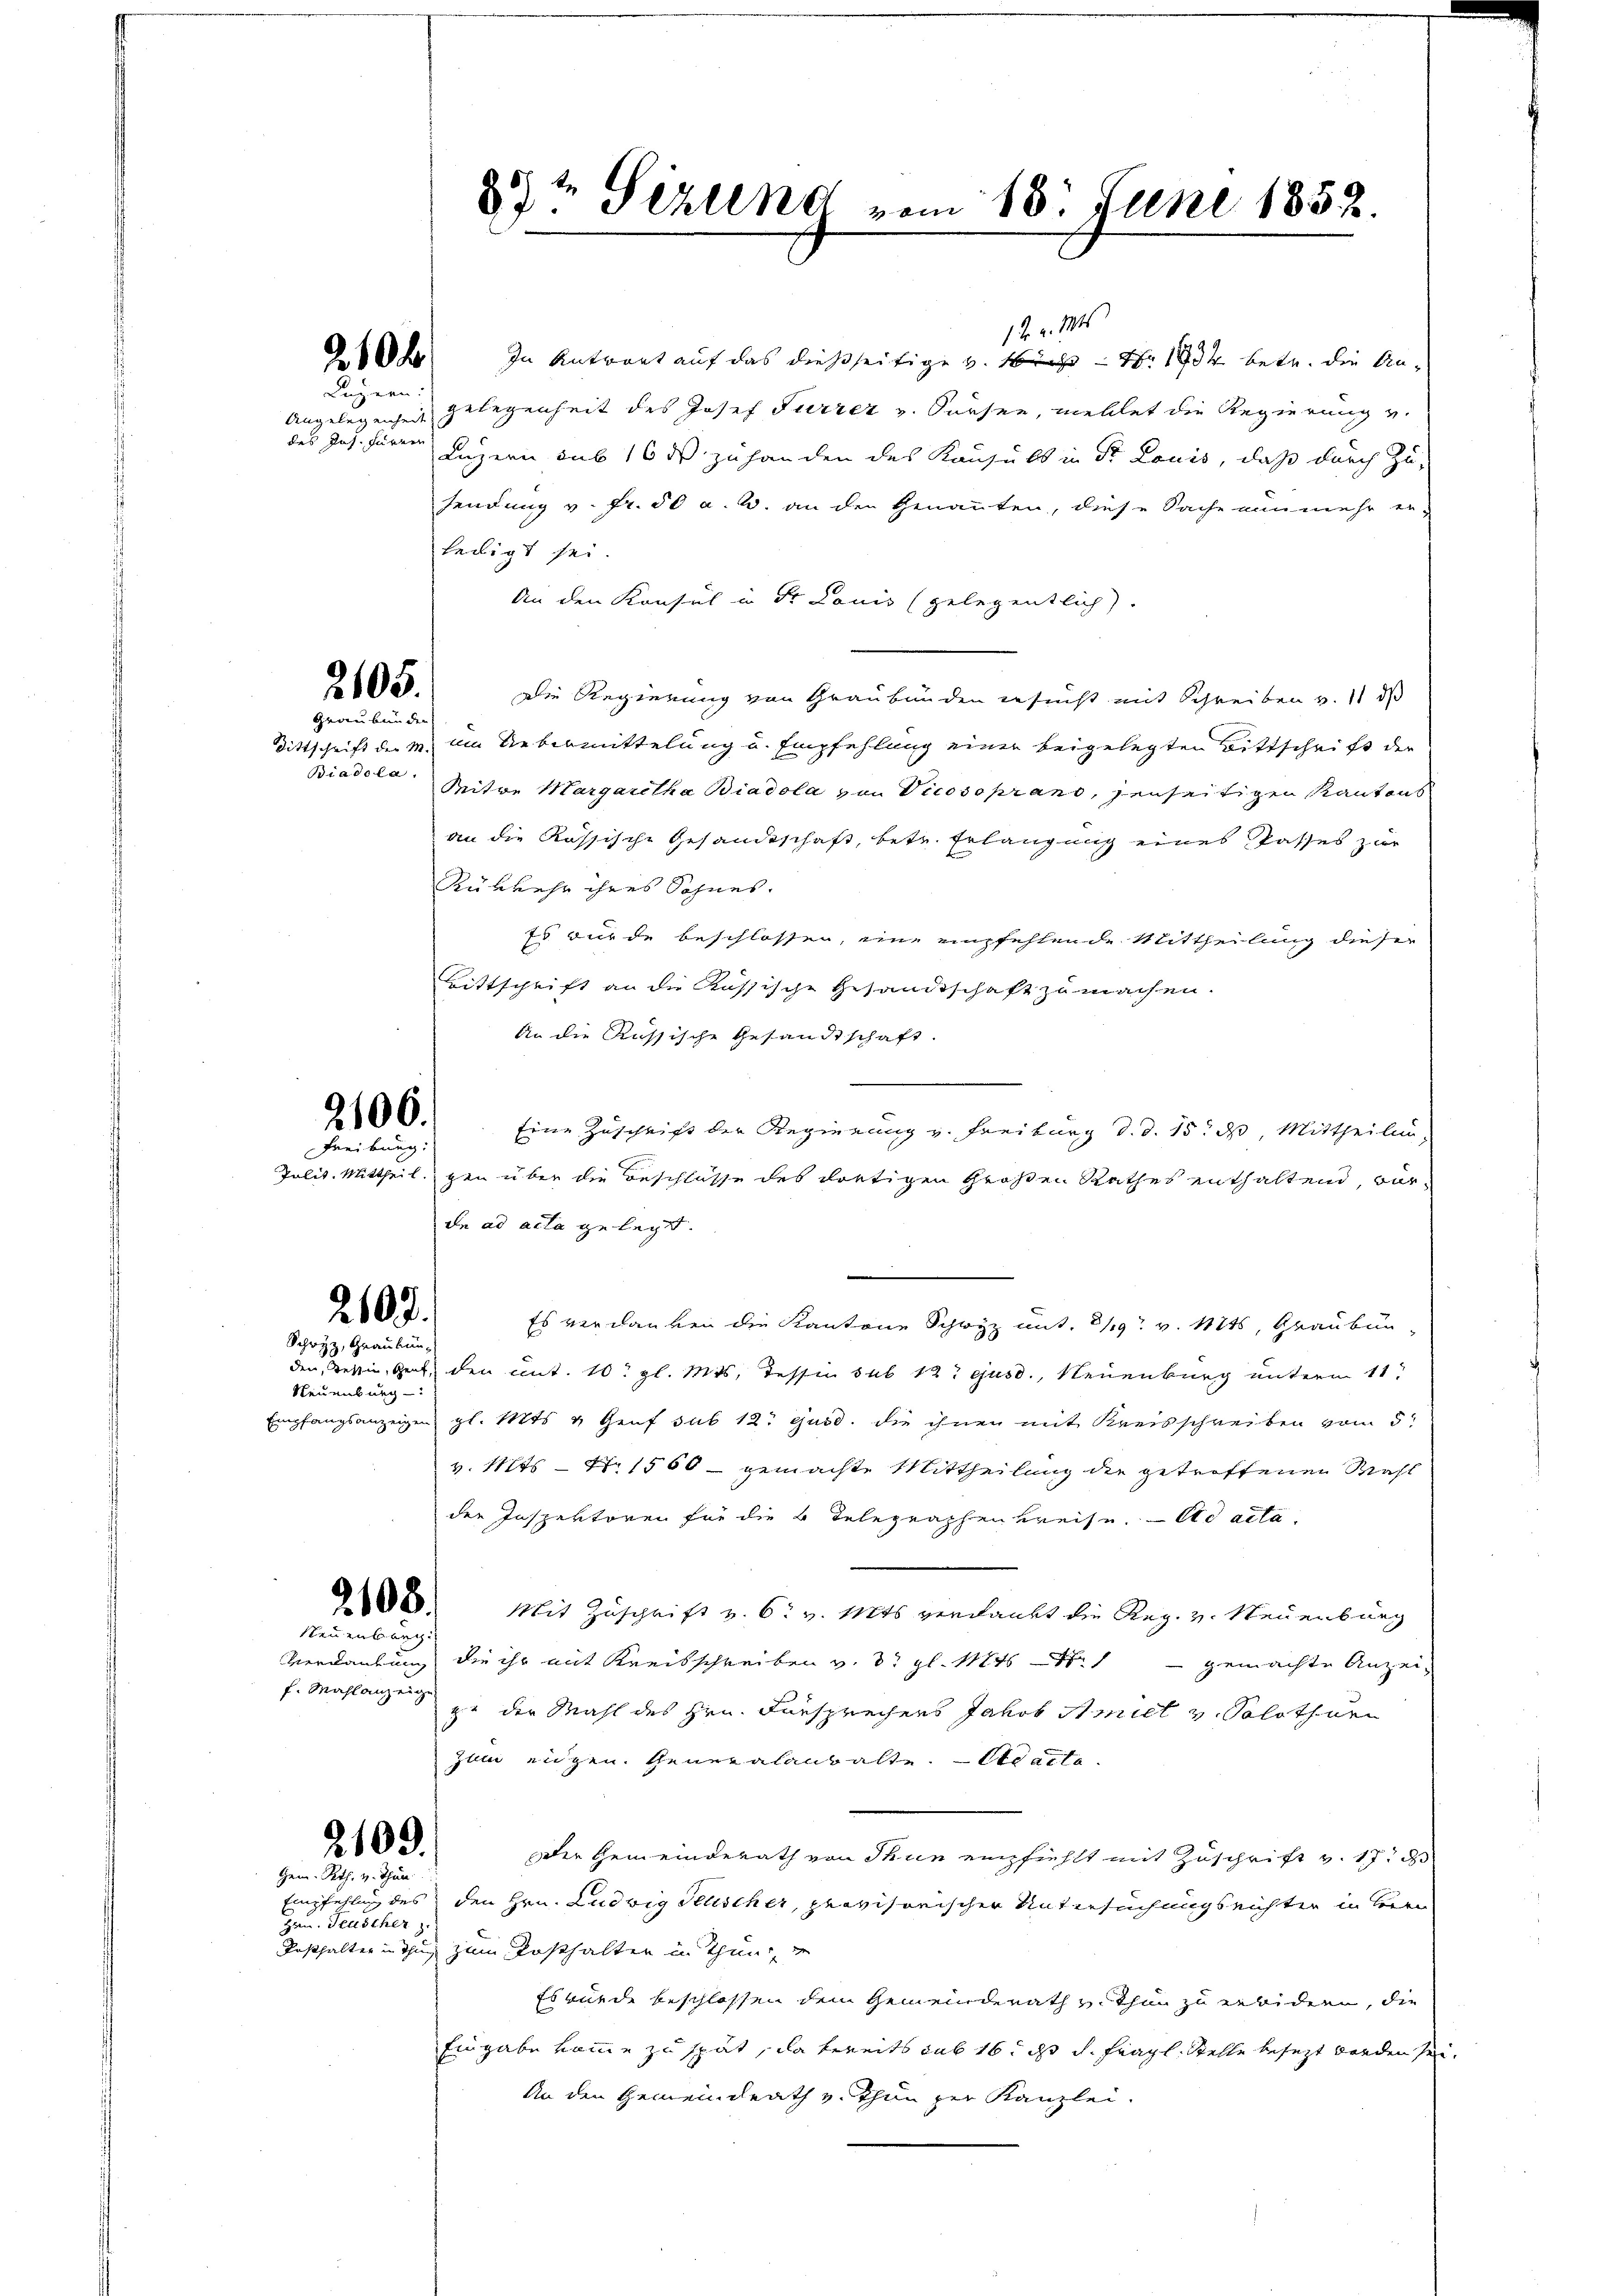
Luzern:
Angelegenheit
des Jos. Füren

2105.
Graubünden

Biadola.

2106.
Freibung.

2607.

Schwyz, Graubün¬
Neuenburg

Neuenburg
f. Mahlanzeig

2100.
Gem. Rth. v. Thun

Hrn. Teuscher

85 t Serend vom 18. Juni 1852.

12 v. Mts
Oh In Antwort auf das dießseitige v. 16 Nr. 1934 betr. die Angelegenheit des Josef Furrer v. Sursee, mellet die Regierung u.
Luzern sub 16 ds zu handen des Kausuls in Dr. Louis, daß durch Zu-
sendung v. fr. 50 u. 2. an den Genannten, diese Sache nunmehr er-
ledigt sei.
An den Konsul in Dr. Lauis (gelegentlich.
Die Regierung von Graubünden ersucht mit Schreiben v. 11 d
Bittschrift der M. um Uebermittelung u. Empfehlung einer beigelegten Bittschrift der
Mitwe Margaretha Biadola von Vicosoprand, jenseitigen Kantons
an die Rössische Gesandtschaft, betr. Erlangung eines Passes zur
Rükkehr ihres Sohnes.
75 wurde beschlossen, eine empfehlende Mittheilung dieser
Bittschrift an die Aussische Gesandtschaft zu machen.
An die Aussische Gesandtschaft.
Eine Zuschrift der Regierung v. Freiburg d. d. 15. d. Mittheilung
Polit. Mittheil gen über die Beschlüsse des dortigen Großen Rathes enthaltend vor
dn ad acta gelegt.
Es verdanken die Kantone Schwyz mit. 219. v. 121, Graubun-
den Bettin, Gent, den mit. 10. gl. Mts. Tessin sub 12 t ejusd., Neuenburg unterm 11t
Empfangsanzeigen gl. Mts. & Genf sub 12. ejusd. die ihnen mit Kreisschreiben vom 5.
v. Mts. — Nr 1560 - gemachte Mittheilung die getroffenen Wahl
der Inspektoren für die 4 Telegraphen Kreise. Ad acta.
906. Mit Zuschrift v. 6. v. Mts verdankt die Reg. v. Neuenburg
Verdankung die ihr mit Kreisschreiben v. 3. gl. Mts
gemachte Anzeiz. der Mahl des Hrn. Fürsprechers Jakob Amiet v. Solothurn
Zulii eidgen. Generalaubalte. — Se acte
Der Gemeinderath von Thun empfiehlt mit Zuschrift v. 17. d
Empfehlung des den Hrn. Ludwig Salischer, provisorischer Untersuchungsrichter in Herrn
Posthalter in Thun zum Posthalten in Thun, i
Es würde beschlossen dem Gemeinderath v. Thun zu erwidern, die
Eingabe komme zu spät, da bereits sub 16. d. d. Fragl. Stelle besezt werden sei
An den Gemeindrath v. Thun zur Kanzlei-